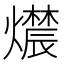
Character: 𬋔